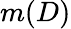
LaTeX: m(D)